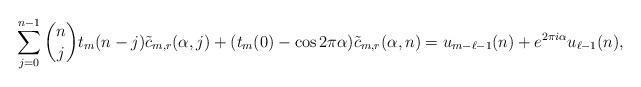
LaTeX: \begin{align*}\sum_{j=0}^{n-1}\binom{n}{j} t_m(n-j)\tilde{c}_{m,r}(\alpha,j) + (t_m(0)-\cos2\pi\alpha )\tilde{c}_{m,r}(\alpha,n) =u_{m-\ell-1}(n)+e^{2\pi i \alpha } u_{\ell-1}(n),\end{align*}